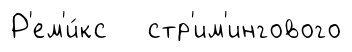
Р'ем'и́кс стр'им'ингового